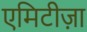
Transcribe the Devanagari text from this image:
एमिटीज़ा